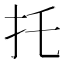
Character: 托